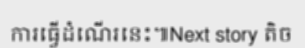
ការធ្វើដំណើរនេះ៕Next story តិច